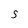
Character: S